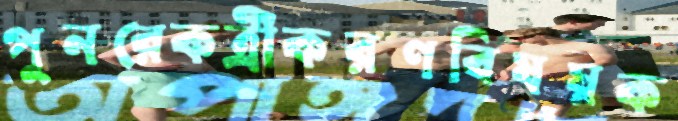
পুনরেকত্রীকরণবিষয়ক